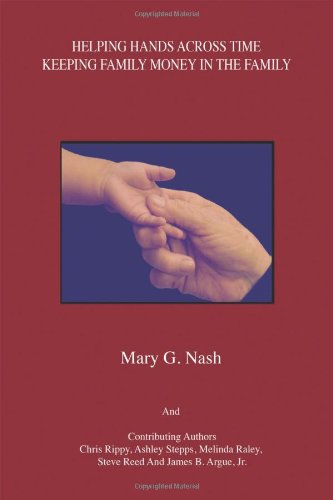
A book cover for Helping Hands Across Time: Keeping Family Money in the Family; Mary G. Nash; Law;